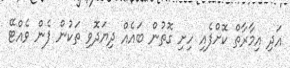
އަދި އިމާރާތް ކޮށްފެއި ހިށި ގޮތުން ބައެއް ދިޔަދޮވި ތަކުން ފެން ވެއްޓޭ